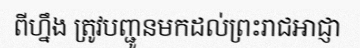
ពីហ្នឹង ត្រូវបញ្ជូនមកដល់ព្រះរាជអាជ្ញា